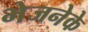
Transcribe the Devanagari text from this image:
भेजनेके